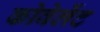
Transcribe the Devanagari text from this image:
कोवेलेंट